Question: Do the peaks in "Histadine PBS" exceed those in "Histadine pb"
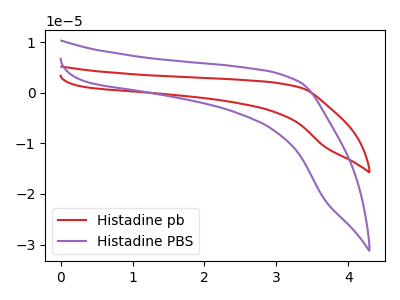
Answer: <think>The red curve "Histadine pb" has no peaks. The purple curve "Histadine PBS" has no peaks.</think>
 <answer>Niether CV has any peaks.</answer>
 <eval>blanks</eval>